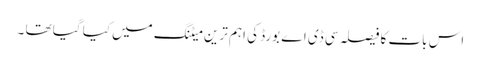
اس بات کا فیصلہ سی ڈی اے بورڈ کی اہم ترین میٹنگ میں کیا گیا تھا ۔